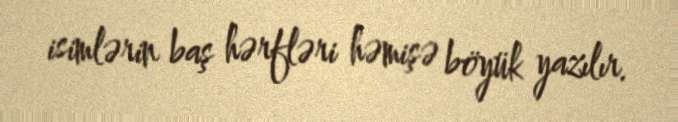
isimlərin baş hərfləri həmişə böyük yazılır.